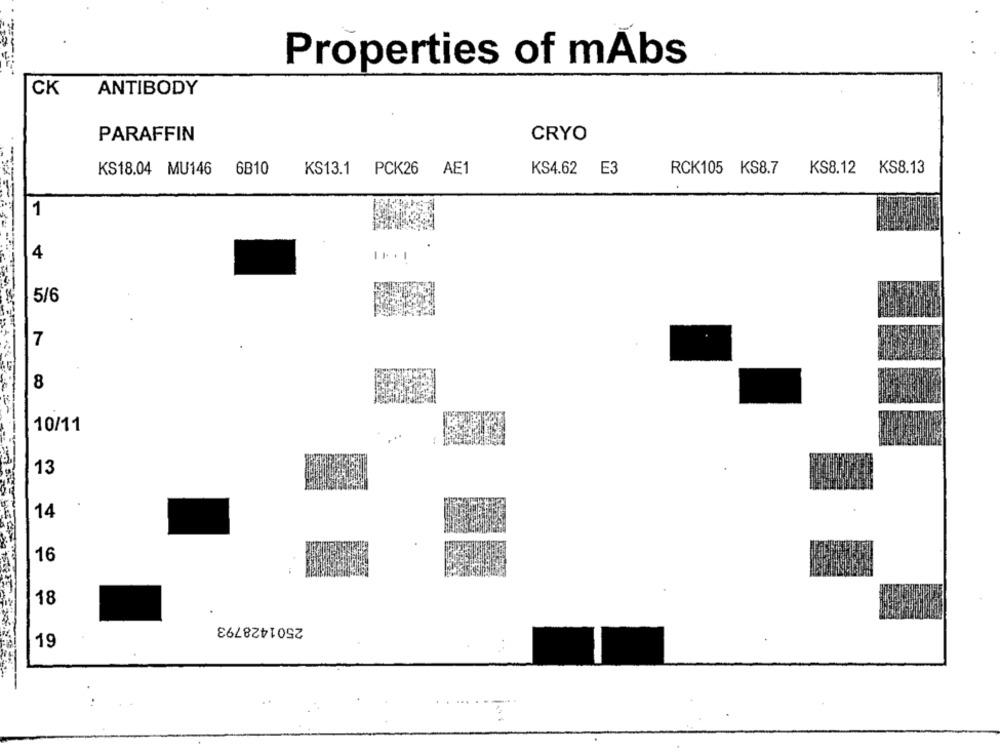
Properties of mAbs
CK
ANTIBODY
CRYO
PARAFFIN
KS18.04 MU146 6B10
KS13.1 PCK26 AE1
KS4.62 E3
RCK105 KS8.7
KS8.12 KS8.13
1
4
5/6
7
8
10/11
13
14
16
18
2501428793
19